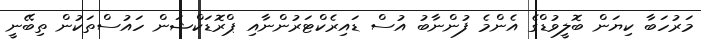
މަރުހަބާ ކިޔަން ބޮލީވުޑްގެ އެންމެ ފުންނާބު އުސް ޑައިރެކްޓަރުންނާއި ޕްރޮޑަކްޝަން ހައުސްތަކުން ތިބޭނީ